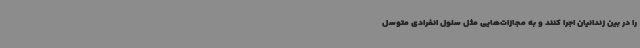
را در بین زندانیان اجرا کنند و به مجازات‌هایی مثل سلول انفرادی متوسل